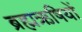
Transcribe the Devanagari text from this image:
ब्रह्मऋषियों